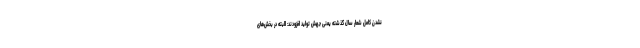
نشدن کامل شعار سال گذشته یعنی جهش تولید افزودند: البته در بخش‌های